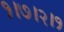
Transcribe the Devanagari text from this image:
१।७।२।१